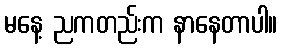
မနေ့ ညကတည်းက နာနေတာပါ။